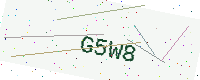
Text: G5W8